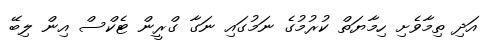
އަދި ތިމާވެށި ހިމާޔަތް ކުރުމުގެ ނަމުގައި ނަގާ ގްރީން ޓެކްސް އިން ލިބޭ